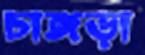
চাঙ্গড়া